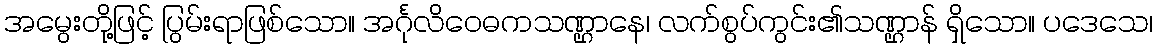
အမွေးတို့ဖြင့် ပြွမ်းရာဖြစ်သော။ အင်္ဂုလိဝေဓကသဏ္ဌာနေ၊ လက်စွပ်ကွင်း၏သဏ္ဌာန် ရှိသော။ ပဒေသေ၊